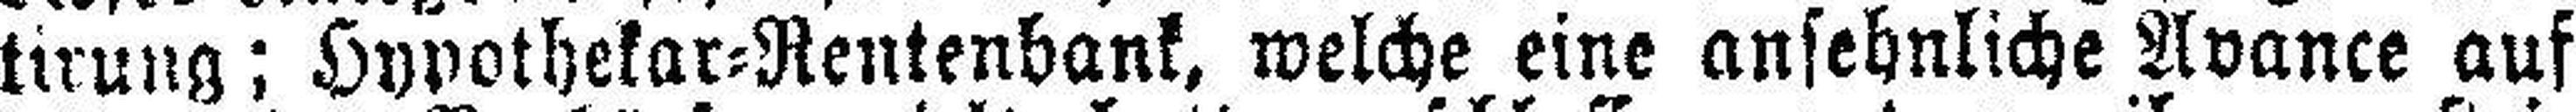
tirung; Hypothekar=Rentenbank, welche eine ansehnliche Avance auf